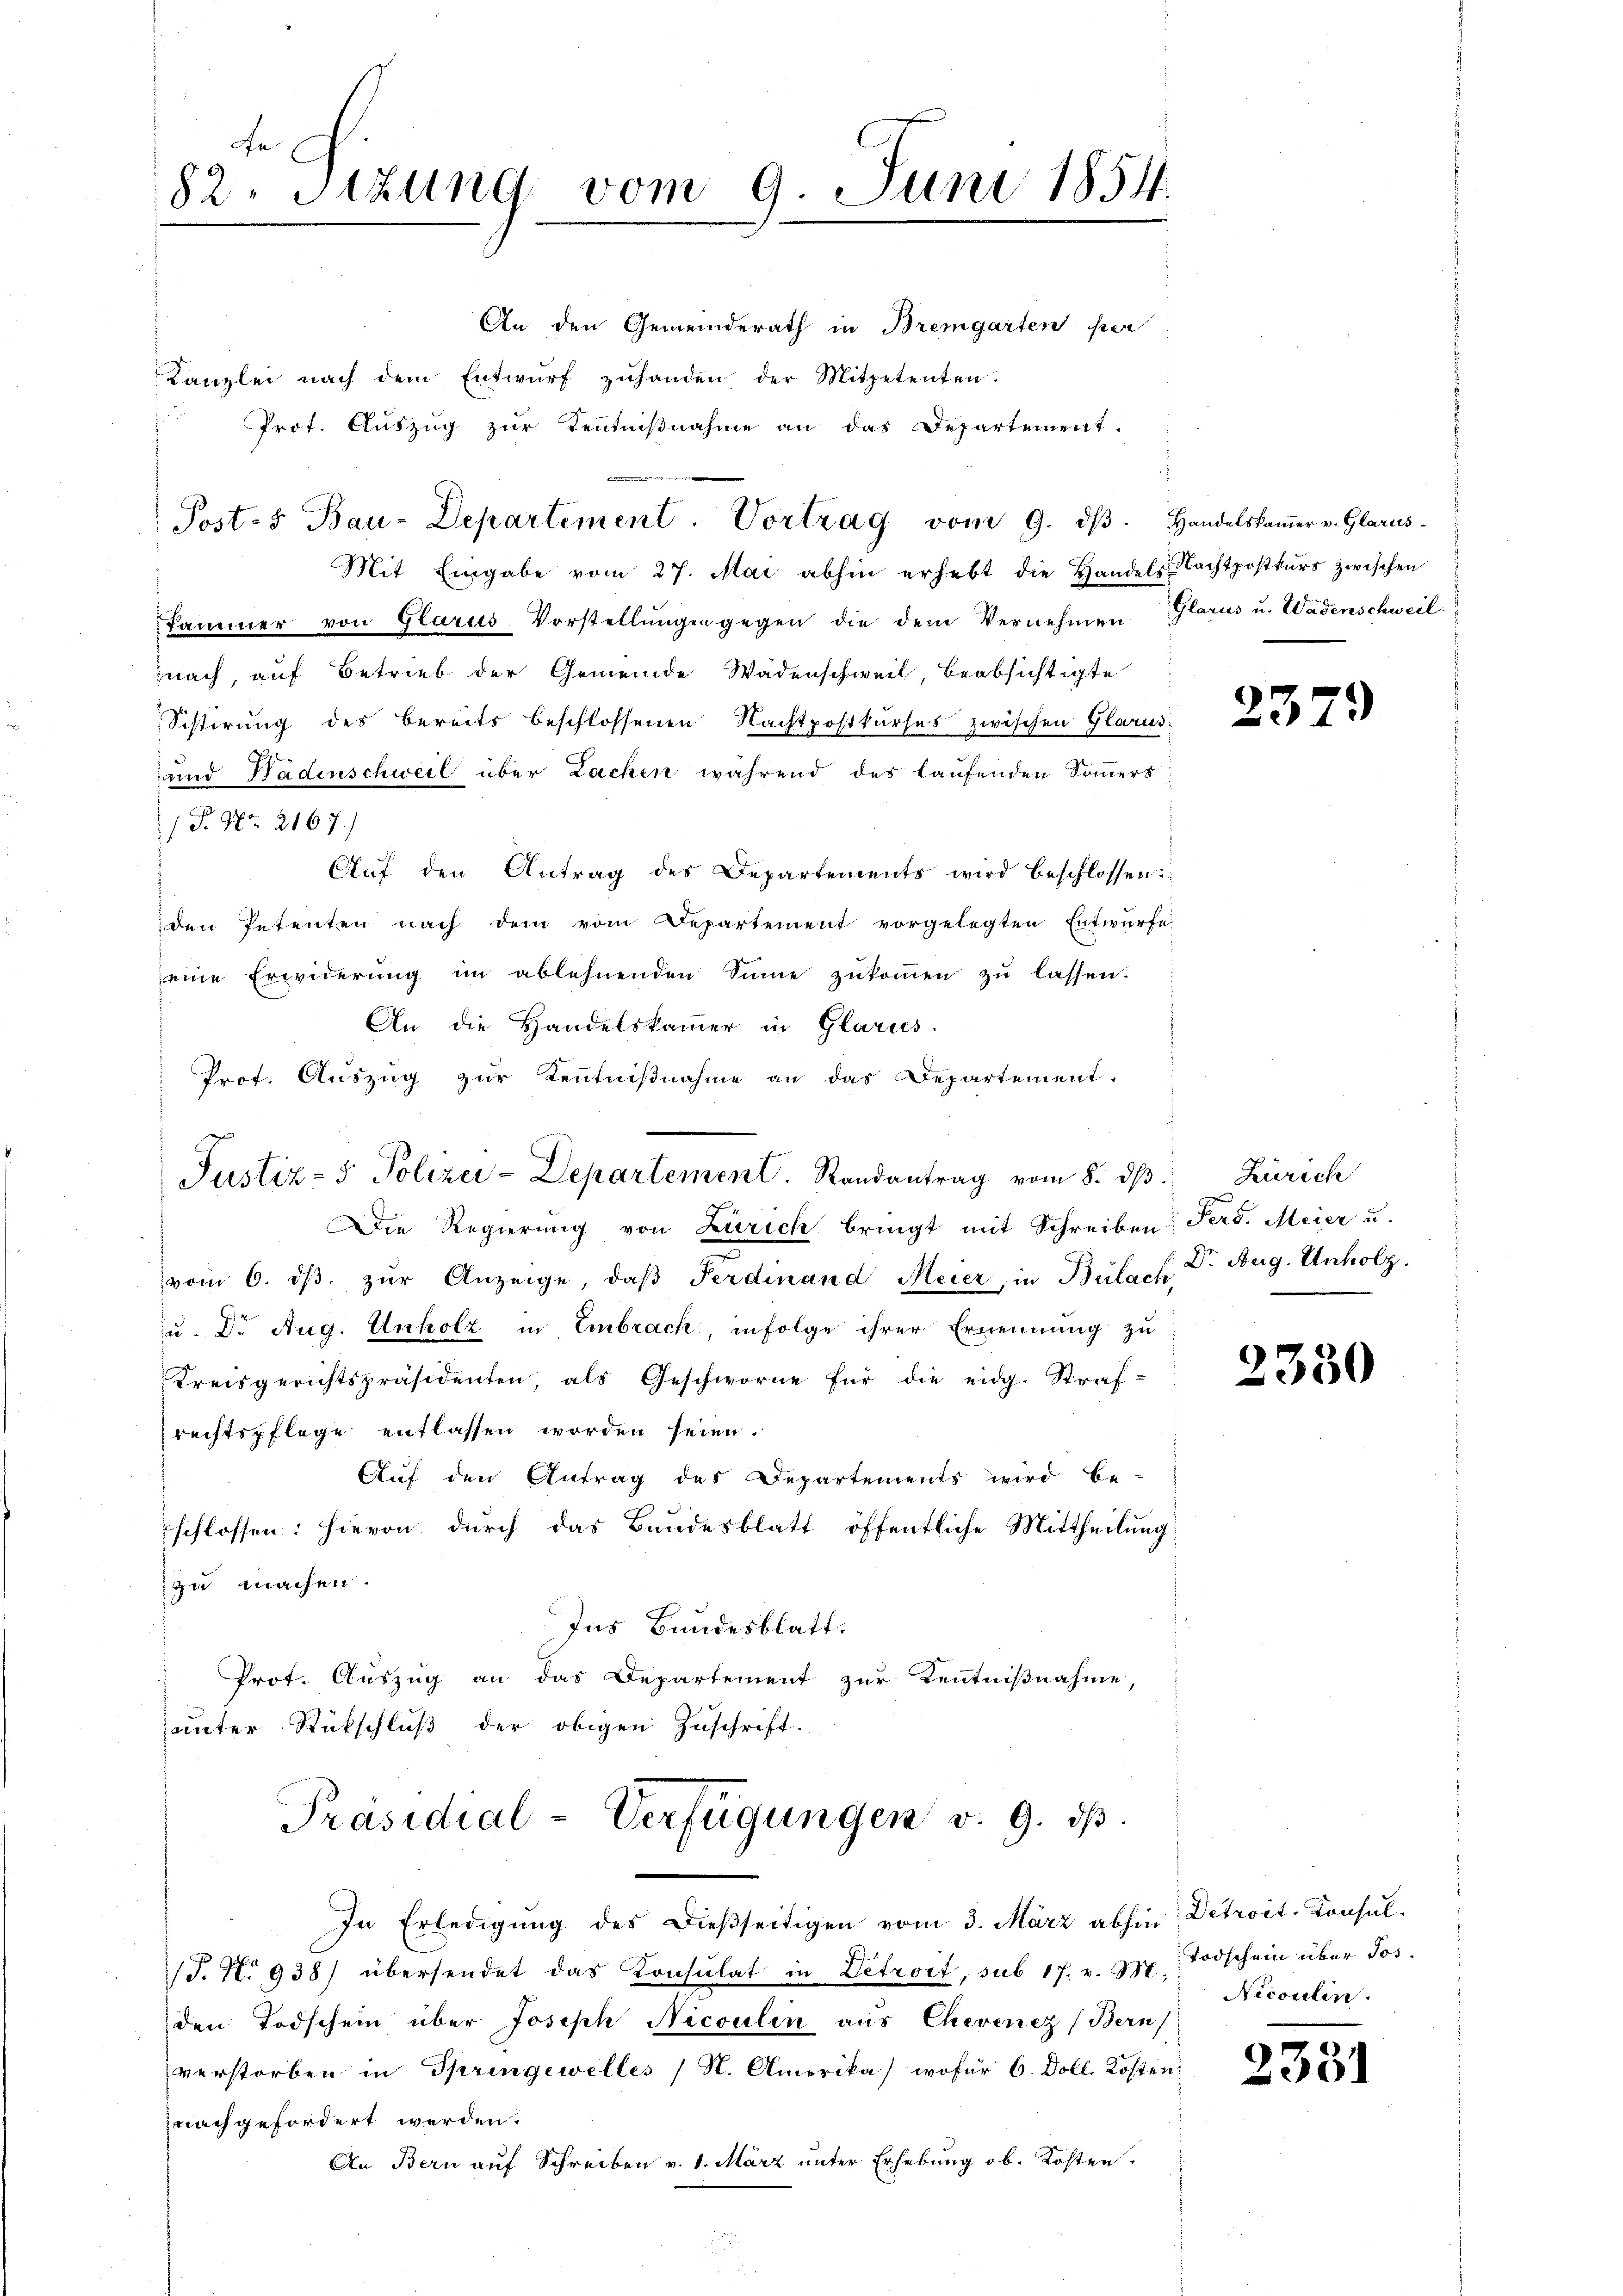
82. Sitzung vom 9. Juni 1854.

Post- & Bau-Departement. Vortrag vom 9. dβ. Handelskammer v. Glarus.

An den Gemeinderath in Bremgarten per
Kanzlei nach dem Entwŭrf zuhanden der Mitpetenten.
Prot. Auszug zur Kenntnißnahme an das Departement.
Mit Eingabe vom 27. Mai abhin erhebt die Handels Nachtpostkŭrs zwischen
kammer von Glarus Vorstellŭngen gegen die dem Vernehmen Glarus u. Wädenschweil.
nach, auf Betrieb der Gemeinde Wädenschweil, beabsichtigte
Sistirung des bereits beschlossenen Nachtpostkurses zwischen Glarus
 und Hadenschweil über Lachen während des laufenden Sommers
/ P. Nr. 2167.)
Aŭf den Antrag des Departements wird beschlossen:
den Petenten nach dem vom Departement vorgelegten Entwurfe
eine Erwiderŭng im ablehnenden Sinne zŭkoṁen zŭ lassen.
An die Handelskammer in Glarus.
Prof. Auszug zur Kenntnißnahme an das Departement.
x
Justiz- & Polizei-Departement. Randantrag vom 8. dβ. Zürich

Die Regierŭng von Zürich bringt mit Schreiben Ferd. Meier u.
vom 6. dβ zŭr Anzeige, daβ Ferdinand Meier, in Bülach Dr. Aug. Unholz.
zu. Dr. Aug. Unholz in Embrach, infolge ihrer Ernennung zu
Kreisgerichtspräsidenten, als Geschworne für die eidg. Straf-
rechtspflege entlassen worden seien.
Auf den Antrag des Departements wird be-
schlossen: hievon durch das Bandesblatt öffentliche Mittheilung
zu machen.
Ins Bundesblatt.
Prot. Auszug an das Departement zur Kenntnißnahme,
unter Rückschluß der obigen Zuschrift.
Präsidial-Verfügungen v. 9. ds.
In Erledigung des Dießseitigen vom 3. März abhin Detroit. Konsul¬
J.N. 938) übersendet das Konsulat in Detroit, sub 17. v. 3. Todschein über Jos.
den Todschein über Joseph Nicoulin aus Chevenez (Bern
verstorben in Springewelles (N. Amerika) wofür 6. Doll. Kosten
nach gefordert werden.
An Bern auf Schreiben v. 1. März unter Erhebung ob. Kosten.

2379

2330

Nicoulen.

2381